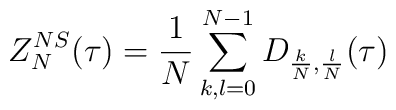
Z^{NS}_N(\tau) = \frac1N \sum_{k,l=0}^{N-1}  D_{\frac{k}{N}, \frac{l}{N}}(\tau)